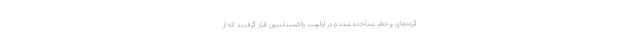
گروه‌های پرخطر شناخته شده و در اولویت واکسیناسیون قرار گرفتند که از